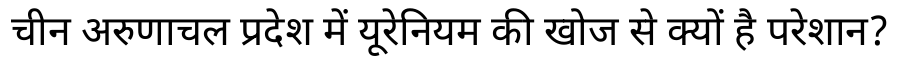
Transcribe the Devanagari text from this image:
चीन अरुणाचल प्रदेश में यूरेनियम की खोज से क्यों है परेशान?